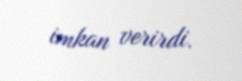
imkan verirdi.